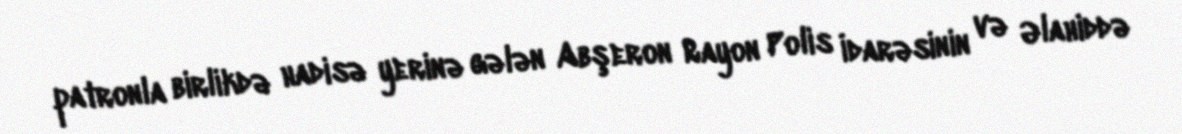
patronla birlikdə hadisə yerinə gələn Abşeron Rayon Polis İdarəsinin və Əlahiddə